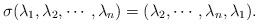
LaTeX: \begin{align*}\sigma(\lambda_1, \lambda_2, \cdots, \lambda_n)=(\lambda_2, \cdots, \lambda_n, \lambda_1). \end{align*}